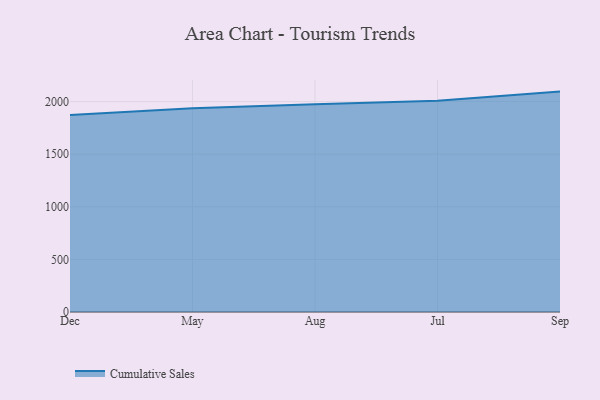
{"axis": {"x": "Month", "y": "Waste Production (Tons)"}, "legend": ["Cumulative Sales"], "data": [{"x": "Dec", "y": 1872.2, "type": "Cumulative Sales"}, {"x": "May", "y": 1937.6, "type": "Cumulative Sales"}, {"x": "Aug", "y": 1974.5, "type": "Cumulative Sales"}, {"x": "Jul", "y": 2008.4, "type": "Cumulative Sales"}, {"x": "Sep", "y": 2095.0, "type": "Cumulative Sales"}]}